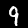
Digit: 9